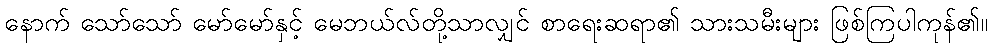
နောက် သော်သော် မော်မော်နှင့် မေဘယ်လ်တို့သာလျှင် စာရေးဆရာ၏ သားသမီးများ ဖြစ်ကြပါကုန်၏။